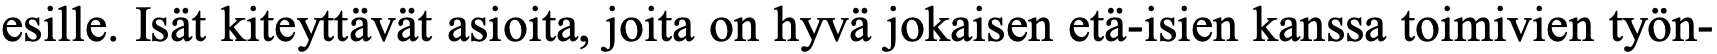
esille. Isät kiteyttävät asioita, joita on hyvä jokaisen etä-isien kanssa toimivien työn-